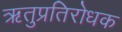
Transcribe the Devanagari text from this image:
ऋतुप्रतिरोधक